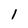
Character: 1